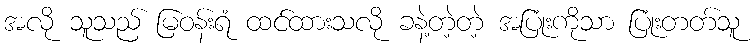
အလို သူသည် မြဝန်းရံ ထင်ထားသလို ခနဲ့တဲ့တဲ့ အပြုံးကိုသာ ပြုံးတတ်သူ